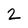
Character: 2